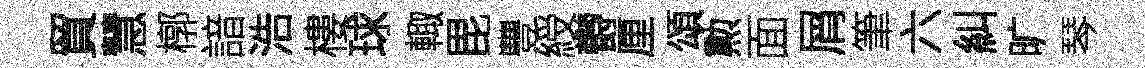
貿慧槨諳浩樓球輙毘豐綬欎厘頌勲面屑筆六糾旷琴